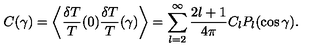
C ( \gamma ) = \left\langle \frac { \delta T } { T } ( 0 ) \frac { \delta T } { T } ( \gamma ) \right\rangle = \sum _ { l = 2 } ^ { \infty } \frac { 2 l + 1 } { 4 \pi } C _ { l } P _ { l } ( \cos \gamma ) .